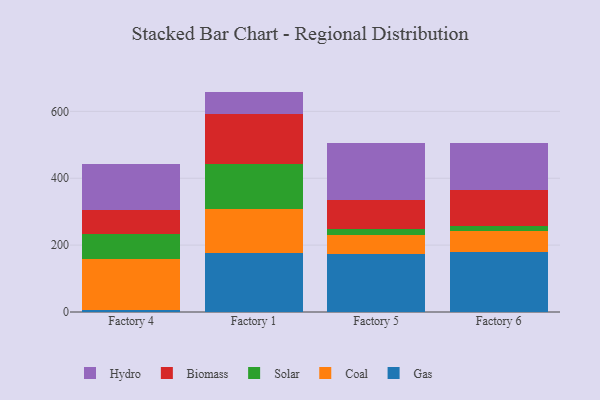
{"axis": {"x": "Factory", "y": "Inventory Turnover"}, "legend": ["Biomass", "Coal", "Gas", "Hydro", "Solar"], "data": [{"x": "Factory 4", "y": 6.6, "type": "Gas"}, {"x": "Factory 4", "y": 151.1, "type": "Coal"}, {"x": "Factory 4", "y": 76.8, "type": "Solar"}, {"x": "Factory 4", "y": 70.6, "type": "Biomass"}, {"x": "Factory 4", "y": 138.6, "type": "Hydro"}, {"x": "Factory 1", "y": 177.2, "type": "Gas"}, {"x": "Factory 1", "y": 129.6, "type": "Coal"}, {"x": "Factory 1", "y": 134.4, "type": "Solar"}, {"x": "Factory 1", "y": 152.3, "type": "Biomass"}, {"x": "Factory 1", "y": 65.6, "type": "Hydro"}, {"x": "Factory 5", "y": 173.4, "type": "Gas"}, {"x": "Factory 5", "y": 57.0, "type": "Coal"}, {"x": "Factory 5", "y": 18.9, "type": "Solar"}, {"x": "Factory 5", "y": 86.8, "type": "Biomass"}, {"x": "Factory 5", "y": 170.0, "type": "Hydro"}, {"x": "Factory 6", "y": 179.1, "type": "Gas"}, {"x": "Factory 6", "y": 63.1, "type": "Coal"}, {"x": "Factory 6", "y": 13.8, "type": "Solar"}, {"x": "Factory 6", "y": 108.8, "type": "Biomass"}, {"x": "Factory 6", "y": 139.5, "type": "Hydro"}]}